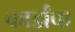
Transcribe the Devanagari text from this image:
कार्डांचा